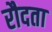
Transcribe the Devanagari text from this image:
रौदता